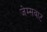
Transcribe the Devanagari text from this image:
जेम्सवाट